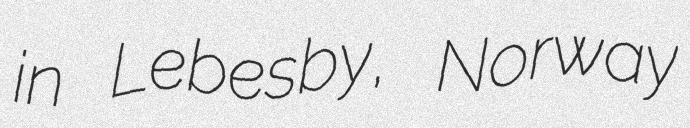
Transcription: in Lebesby, Norway